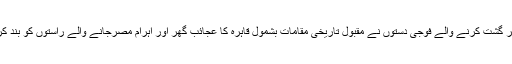
سڑکوں پر گشت کرنے والے فوجی دستوں نے مقبول تاریخی مقامات بشمول قاہرہ کا عجائب گھر اور اہرام مصرجانے والے راستوں کو بند کر دیا ہے۔